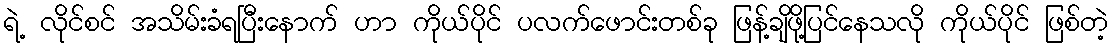
ရဲ့ လိုင်စင် အသိမ်းခံရပြီးနောက် ဟာ ကိုယ်ပိုင် ပလက်ဖောင်းတစ်ခု ဖြန့်ချိဖို့ပြင်နေသလို ကိုယ်ပိုင် ဖြစ်တဲ့